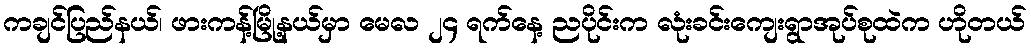
ကချင်ပြည်နယ်၊ ဖားကန့်မြို့နယ်မှာ မေလ ၂၄ ရက်နေ့ ညပိုင်းက လုံးခင်းကျေးရွာအုပ်စုထဲက ဟိုတယ်